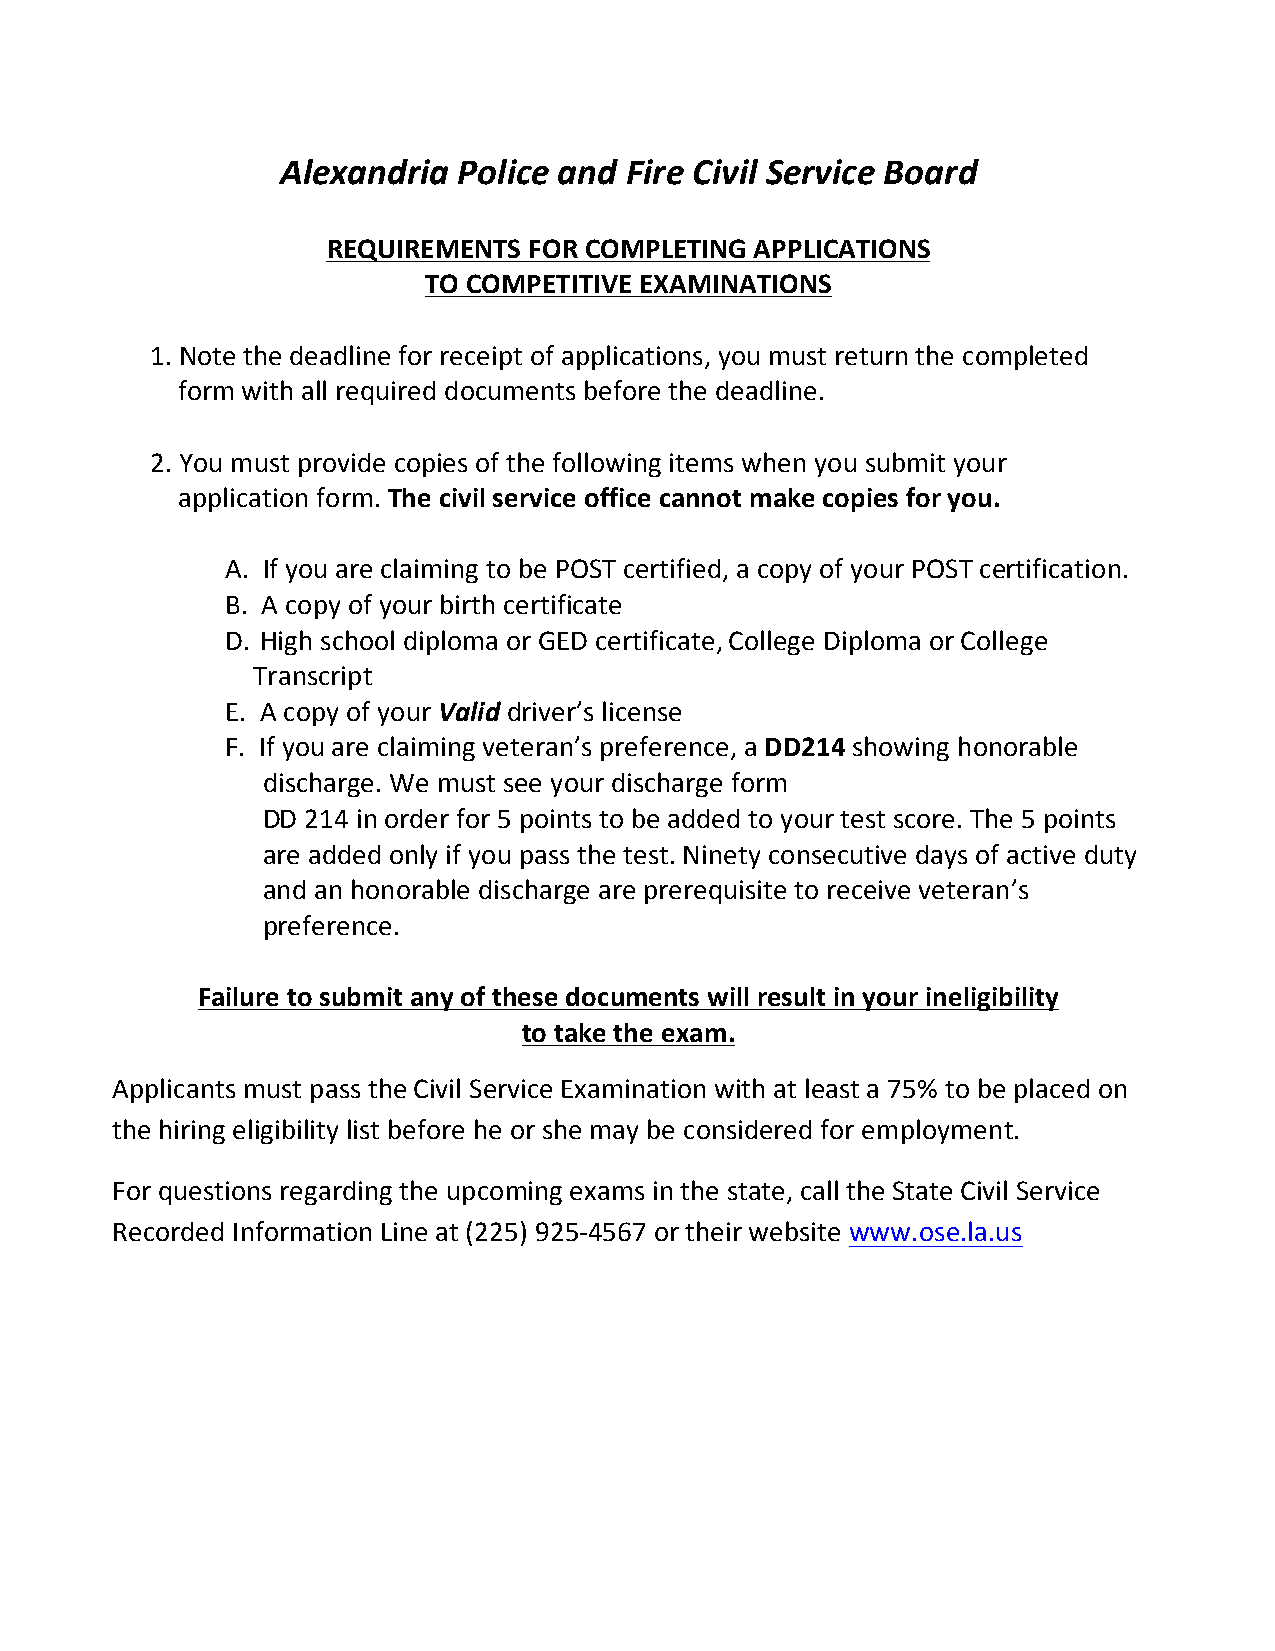
Alexandria Police and Fire Civil Service Board
 REQUIREMENTS FOR COMPLETING APPLICATIONS
 TO COMPETITIVE EXAMINATIONS
 1. Note the deadline for receipt of applications, you must return the completed
 form with all required documents before the deadline.
 2. You must provide copies of the following items when you submit your
 application form. The civil service office cannot make copies for you.
 A. If you are claiming to be POST certified, a copy of your POST certification.
 B. A copy of your birth certificate
 D. High school diploma or GED certificate, College Diploma or College
 Transcript
 E. A copy of your Valid driver’s license
 F. If you are claiming veteran’s preference, a DD214 showing honorable
 discharge. We must see your discharge form
 DD 214 in order for 5 points to be added to your test score. The 5 points
 are added only if you pass the test. Ninety consecutive days of active duty
 and an honorable discharge are prerequisite to receive veteran’s
 preference.
 Failure to submit any of these documents will result in your ineligibility
 to take the exam.
 Applicants must pass the Civil Service Examination with at least a 75% to be placed on
 the hiring eligibility list before he or she may be considered for employment.
 For questions regarding the upcoming exams in the state, call the State Civil Service
 Recorded Information Line at (225) 925-­‐4567 or their website www.ose.la.us